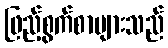
ဖြည့်စွက်စာများသည်